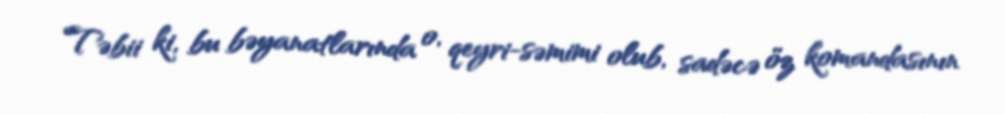
Təbii ki, bu bəyanatlarında o, qeyri-səmimi olub, sadəcə öz komandasının